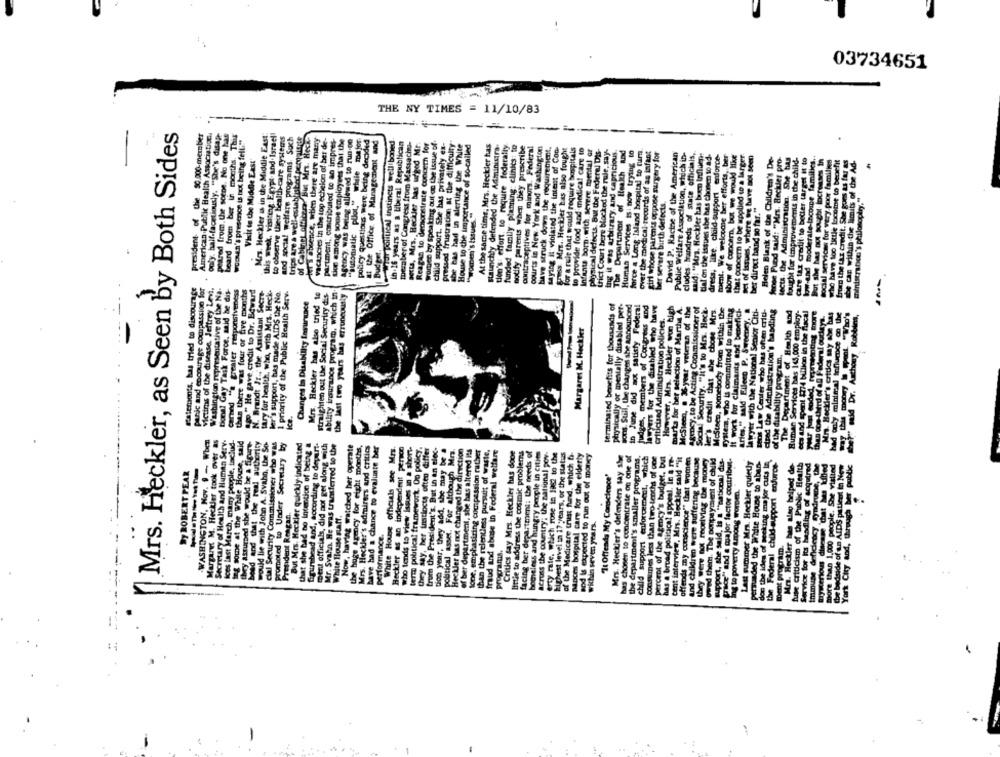
03734651
THE NY TIMES = 11/10/83
---:
Mrs. Heckler, as Seen by Both Sides
president of the 90.000-member
American Public Health Association.
only. half-facetiously. "She's disap-
peared from. the scene. No one has
beard troen ber in months. This
Mrs. Heckler is in the Middle East
this week, visiting Egypt. and.Israel
of Cabinet office. But Mrs. Heck
del & absence, when there are many
vacancies in the top echelon of ber de-
wochen's presence is Ixx being fell:"
to observe their health-care systems
and social welfare programs. Such
trips are a well-established peralarte
partment; contributed to an impres-
sion among some employees that the
Sotocy. was being allowed to run.de
"automatic pilot," while mejor
policy questions were. being decided
at the Office of Management and
war political instincts well boned
Ih. 16 years as a liberal Republican
member of Congress from Massachu-
setts, Mrs. Heckler bas urged Mr.
Reagan to demonstrate concern for
worben by speaking out on the issue of
child support. She has privately ex-
pressed frustration at the difficulty
she has had in alerting the White
House to the importance of so-called
staunchly defended the Administra-
-
At the same time, Mrs. Heckler has
tion's: effort, to require federally
funded family planning clinics: to
notify parents when they prescribe
contraceptives for mingrs. Federal
courts in New York and Washington
have struck down the requirement,
saying it violated the intent of Con-
gruss. Mrs. Heckler has also fought
for a rule that would require hospitals
to provide food and medical care to
Infants born. with Severe mental Gr
physical defects. But the Federal DIS-
trict Court bere blocked the rule, say-
fag it was arbitrary, and capricious.
The Department of Health Rad
Human Services is. now trying to
force a Long Island hospital to tum
over the medical records of as infant
girl whose parents oppose surgery for
David P. Racine of the American
Public Welfare Association, which in-
cludes . Brandreds of state officials,
ment. We welcome her efforts, ber
show of concern, but we would like
that concern to be applied to a larger.
said: "Mrs. Heckler has been Influen
tial on the issues she has chosen to ad-
get of issues, where we have not seen
Belen Blank of the Children's De-
Sonoe Pund said: "Mrs. Heckler pro-
tects, the Administration. She has
Bought for improvements in the child-
care tax credit to better target It to
low-end moderate-income families ..
But she has out sought locrosses in
social services for very poor families
who have too little tocome to benefit
from the tax credit. She goes ts four as
Visit to the Middle East
be can within the limits of the Ad-
ministrabico's philosoptry."
Ber severe birth defects,
ber direct band so far."
"women's Issues
Budget.
Ratemonts, has tried to discourage
panic and encourage compassion for
Victims of the disease. Jeffrey Levi.
Washington representative of the Na.
bonn! Gay Task Force, said be dis-
carand "a greater responsiveness
then there was four or five months
ssp." He gave credit to Dr. Beward
N. Brandt Jr ., the Assistant Secre-
tary for health, who, with Mrs. Heck-
ler's support, has made AIDS the Ne.
1 priority of the Public Health Serv.
Mrs. Heckler has also tried to
straighten out the Social Security dis
ability insurance program, which in
the last two years has erroneously
Changes in Disability Insurance
---
terminated benefits for thousands of
physically or mentally disabled per-
auf, the changes she announced
in June did not satisfy Federal
Judges, members of Congress and
lawyers for the disabled who have
However, Mis. Heckler won high
marta for her selection of Marthe A.
McSteen, o 36 year veterin of the
Atmocy. to be Acting Commissioner of
Social Security. "it's to Mrs. Heck.
ler's credit that she chose Mrs.
McSteen, somebody from within the
system, who is committed to making
It work for claimants and benefici-
Aries." said Elleco P. Sweeney.
lawyer with the National Senior Citi-
this Law Center who has often criu-
cirad the Administration's hasdling
The Department of Health and
Buman Services has 143,000 employ-
ets and spent 174 billion in the flacal
criticized Administration policies.
then con third of all Federal ourleys.
Mn. Heckler's critics my she has
bad only minimal influence on the
mid Dr. Anthony Robbins,
Margaret M. Heckler
of the disability program,
Jons. Sull, U
ice.
Secretary of Health and Human Serv.
-WASHINGTON, Nov. 9 -- When
Margaret M. Heckler took over as
loes last March, many people, taclud-
ng some at the White House, said
they assured she would be a fire-
bead and that the real authority
would lie with John A. Svahn, the So-
cial Security Commissioner who was
promoted to Under Secretary by
But Mrs. Heckler quickly indicated
that she bad no Intention of being a
Equinhead and, socording to deyurt-
ment officials, did not get along with
Mr. Svahn. He was transferred to the
Now, having watched her operate
the hoge agency for eight months,
Mrs. Heckler's admirers and critics
have had a chance to evaluate ber
White House officials see Mrs.
Heckler as an independent person
who tends to view Issues in a short-
term political framework. Oo policy.
they iny, her instincts often differ
of ber department, she has altered its
from the President's, But in an elec-
tion year, they add, she may be a
political asset, For although Mrs.
Heckler bas not changed the direction
tone, emphasizing compassion rather
than the relentless pursuit of waste,
fraud and abose in Federal welfare
Critics say Mrs. Heckler has done
little to address the cosmic problems
facing her department: the needs of
boneless and hungry people in cities
across the country; the national por
erty rale. which rose in 1962 to the
highest level in 17 years, or the status
of the Medicare trust fund, which b-
al care for the elderty
and is expected to run out of money
has chosen to concentrate on one of
Mrs. Heckler's defenders say she
the department's smaller programs.
child support enforcement, which
Consumes less than two-tenths of one
Percent of the agency's budget, but
has a broad political appeal. In a re-
cent interview, Mrs. Heckler said "it
offends my conscience"" that women
they were not reoriving the money
owed them. The sonpayment of child
pport, she said, is = ""national dis-
ice" and a major factor contribus.
Last summer Mrs. Heckler quietly
persuaded the White House to aben-
don the idea of seeking major cuts In
the Federal child support enfurce
Immune deficiency mindrue, the
more than 1,000 people. She visited
York City and, through ber public
and children were suffering becau
Mr. Heckler hes alap helped de
fuse criticism of the Public Health
Service for Its handling of acquired
tuyucerious disease chat Nes killed
the bedside of sa AIDS patient In Now
Sy ROBERT PEAR
"It Offends My Conscience'
Ing to poverty among women.
President Reagan,
white House staff.
nances hospital car
within seven years.
performance.
Bent program.
programs.